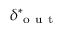
\delta _ { \mathrm { ~ o ~ u ~ t ~ } } ^ { * }